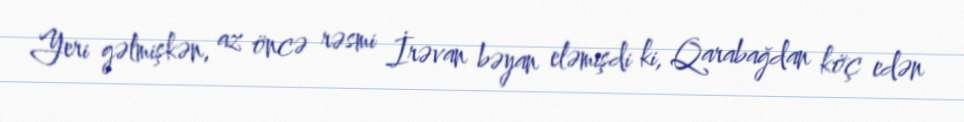
Yeri gəlmişkən, az öncə rəsmi İrəvan bəyan eləmişdi ki, Qarabağdan köç edən